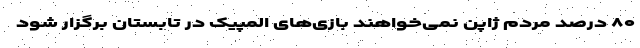
۸۰ درصد مردم ژاپن نمی‌خواهند بازی‌های المپیک در تابستان برگزار شود